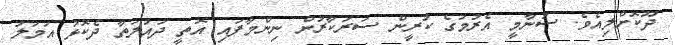
ދޫކޮށްލިއެވެ. ސުނާމީ އެރުމުގެ ކުރީން ސަރުކާރުން ނިންމާފައި އޮތީ ދައުލަތާ ދެކޮޅު އަމަލު